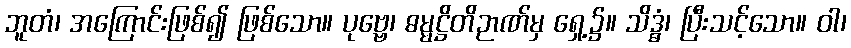
ဘူတံ၊ အကြောင်းဖြစ်၍ ဖြစ်သော။ ပုဗ္ဗေ၊ ဓမ္မဋ္ဌိတိဉာဏ်မှ ရှေ့၌။ သိဒ္ဓံ၊ ပြီးသင့်သော။ ဝါ၊